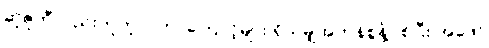
ဆူဇူကီလည်းတူတူပဲ၊ ဘာကြောင့်များ ရှိသမျှအကုန်စွန့်ပစ်ပြီး အဖော်